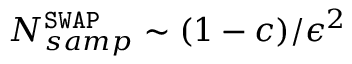
N _ { s a m p } ^ { \mathtt { S W A P } } \sim ( 1 - c ) / \epsilon ^ { 2 }